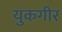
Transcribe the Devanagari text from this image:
युकगीर